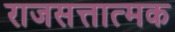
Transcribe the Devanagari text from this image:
राजसत्तात्मक